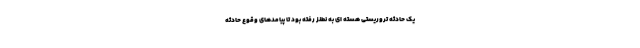
یک حادثه تروریستی هسته ای به نطنز رفته بود تا پیامدهای وقوع حادثه‌